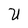
Character: U